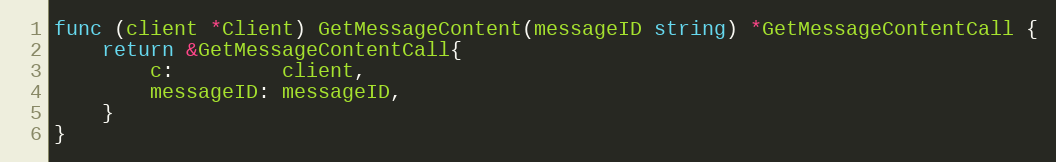
Language: Go
func (client *Client) GetMessageContent(messageID string) *GetMessageContentCall {
	return &GetMessageContentCall{
		c:         client,
		messageID: messageID,
	}
}